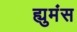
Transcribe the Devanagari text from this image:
ह्युमंस